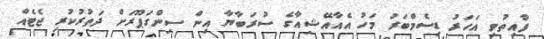
ފާއިތުވި އަހަރު ޑިސެމްބަރު މަހު އެއާއޭޝިއާގެ ސުރަބާޔާ އިން ސިންގަޕޫރަށް ދަތުރުކުރި ޖެޓެއް